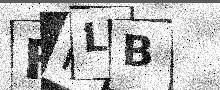
Text: FNLB